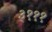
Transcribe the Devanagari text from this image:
३१११